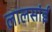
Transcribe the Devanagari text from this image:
लालसांई